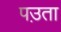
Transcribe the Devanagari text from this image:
पउ़ता